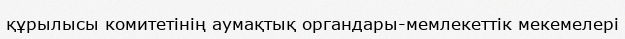
құрылысы комитетінің аумақтық органдары-мемлекеттік мекемелері